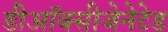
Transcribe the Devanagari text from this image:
डीऑक्सीजेनेटेड